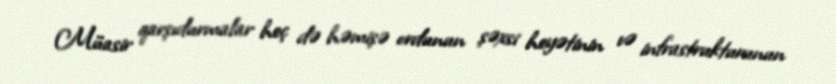
Müasir qarşıdurmalar heç də həmişə ordunun şəxsi heyətinin və infrastrukturunun